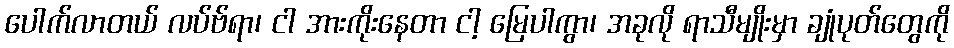
ပေါက်လာတယ် လပ်ဗ်ရာ၊ ငါ အားကိုးနေတာ ငါ့ မြေပါကွာ၊ အခုလို ရာသီမျိုးမှာ ချုံပုတ်တွေကို